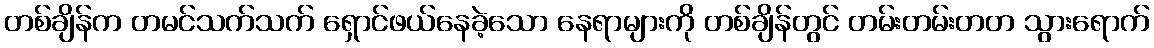
တစ်ချိန်က တမင်သက်သက် ရှောင်ဖယ်နေခဲ့သော နေရာများကို တစ်ချိန်တွင် တမ်းတမ်းတတ သွားရောက်